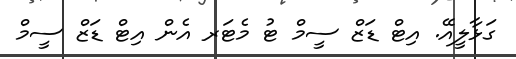
ގަޅާލީއޭ. އިޓް ޑަޒް ސީމް ޓު މެޓަރ އެން އިޓް ޑަޒް ސީމް